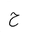
Letter: _ha